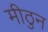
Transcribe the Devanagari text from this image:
मीठुन